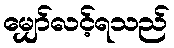
မျှော်လင့်ရသည်